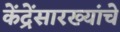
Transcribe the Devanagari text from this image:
केंद्रेंसारख्यांचे